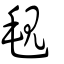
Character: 覒